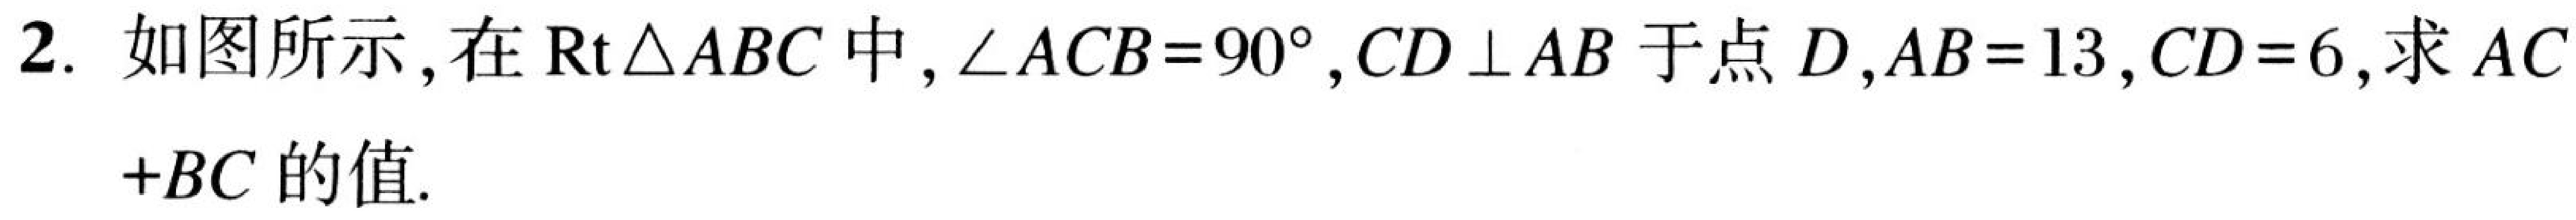
2. 如图所示, 在\(\text{Rt}\triangle ABC\)中, \(\angle ACB = 90^{\circ}\), \(CD\perp AB\)于点\(D\), \(AB = 13\), \(CD = 6\), 求\(AC\)
\(+BC\)的值.